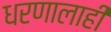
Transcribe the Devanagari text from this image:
धरणालाही